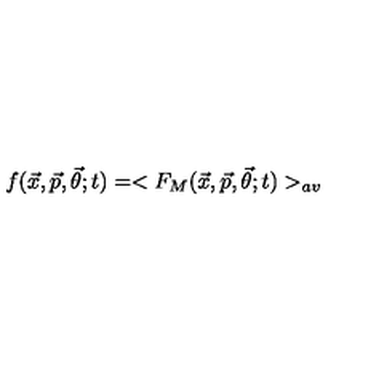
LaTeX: f ( { \vec { x } } , { \vec { p } } , { \vec { \theta } } ; t ) = < F _ { M } ( { \vec { x } } , { \vec { p } } , { \vec { \theta } } ; t ) > _ { a v }